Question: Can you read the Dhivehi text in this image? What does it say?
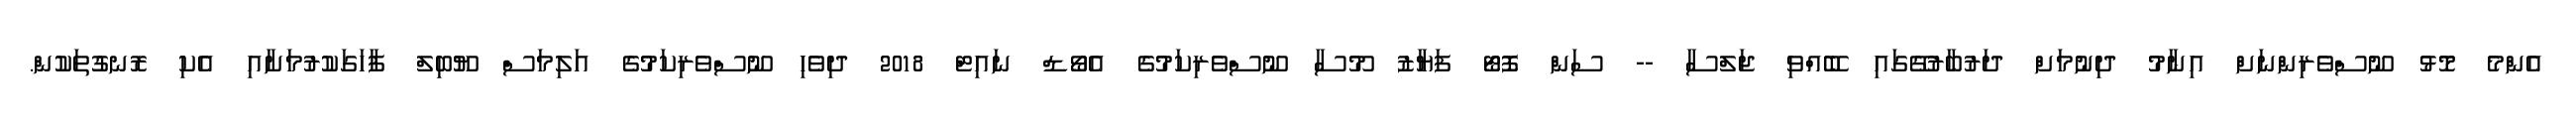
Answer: އެންމެ މޮޅު ނޫސްވެރިންނަށް އިނާމު ދިނުމަށް ދަރުބާރުގޭގައި ބޭއްވި ޖަލްސާ -- ސަން ފޮޓޯ ފަޔާޒު މޫސާ ނޫސްވެރިކަމުގެ އެވޯޑް ނައިޓް 2018 ދިވެހި ނޫސްވެރިކަމުގެ އަލިމަސް ޔޫބިލް ފާހަގަކުރުމަށާއި އެކި ރޮނގުތަކުން.